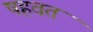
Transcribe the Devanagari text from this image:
षहवत